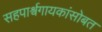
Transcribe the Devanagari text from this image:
सहपार्श्वगायकांसोबत